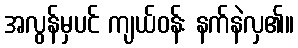
အလွန်မှပင် ကျယ်ဝန်း နက်နဲလှ၏။